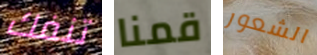
تنفك قمنا الشعور